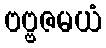
ဗဗ္ဗဇမယံ